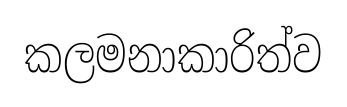
කලමනාකාරිත්ව